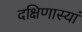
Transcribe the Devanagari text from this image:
दक्षिणास्यां